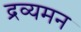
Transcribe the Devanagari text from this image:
द्रव्यमन